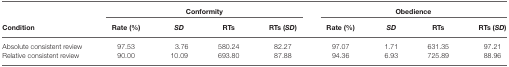
<table><thead><tr><td></td><td colspan="4"><b>Conformity</b></td><td colspan="4"><b>Obedience</b></td></tr><tr><td><b>Condition</b></td><td><b>Rate (%)</b></td><td><b><i>SD</i></b></td><td><b>RTs</b></td><td><b>RTs (<i>SD</i>)</b></td><td><b>Rate (%)</b></td><td><b><i>SD</i></b></td><td><b>RTs</b></td><td><b>RTs (<i>SD</i>)</b></td></tr></thead><tbody><tr><td>Absolute consistent review</td><td>97.53</td><td>3.76</td><td>580.24</td><td>82.27</td><td>97.07</td><td>1.71</td><td>631.35</td><td>97.21</td></tr><tr><td>Relative consistent review</td><td>90.00</td><td>10.09</td><td>693.80</td><td>87.88</td><td>94.36</td><td>6.93</td><td>725.89</td><td>88.96</td></tr></tbody></table>